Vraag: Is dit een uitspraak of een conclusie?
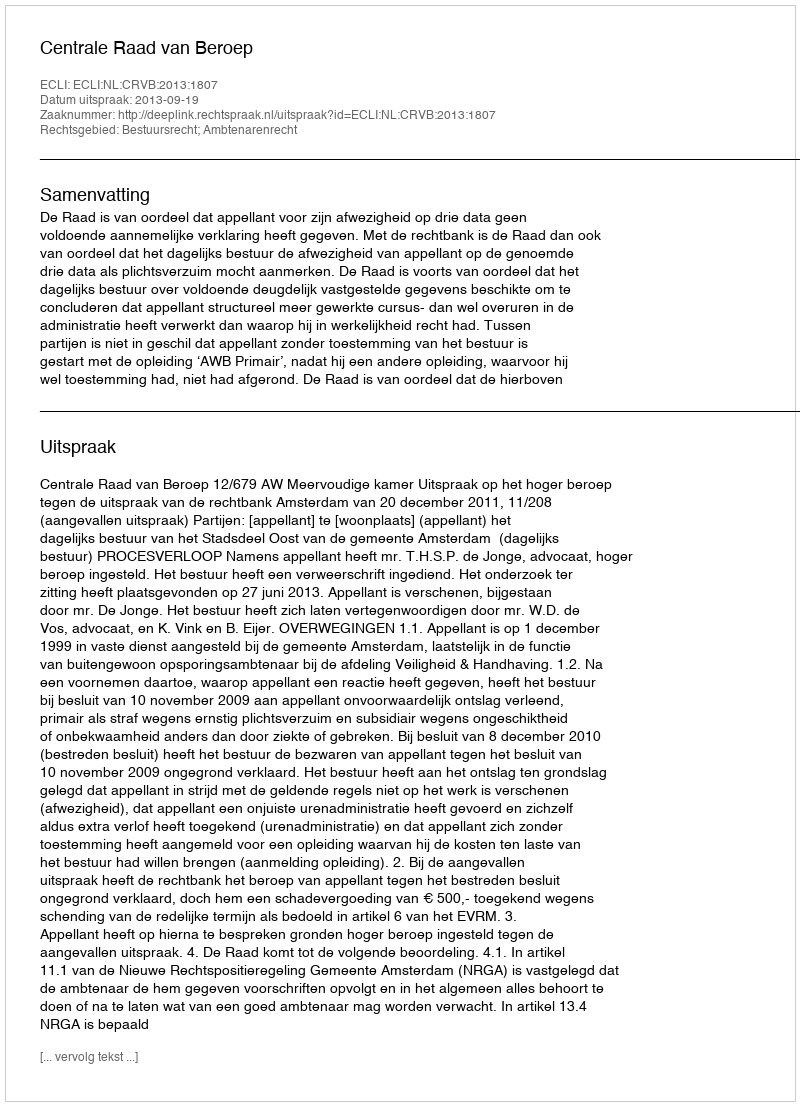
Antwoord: Uitspraak